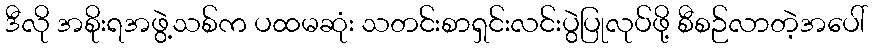
ဒီလို အစိုးရအဖွဲ့သစ်က ပထမဆုံး သတင်းစာရှင်းလင်းပွဲပြုလုပ်ဖို့ စီစဉ်လာတဲ့အပေါ်